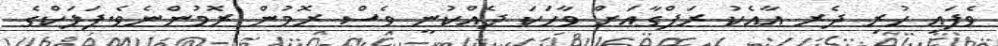
ވެފައި ހުރި ދެރ އާއެކު ރަފްގާއަށް ވާހަކަ ދެއްކުނީ ވެސް ރޮމުން ރޮމުންނެވެ.ފަލަކްގެ